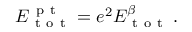
E _ { \mathrm { ~ t ~ o ~ t ~ } } ^ { \mathrm { ~ p ~ t ~ } } = e ^ { 2 } E _ { \mathrm { ~ t ~ o ~ t ~ } } ^ { \beta } \, .